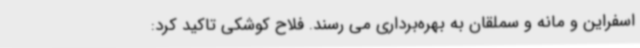
اسفراین و مانه و سملقان به بهره‌برداری می رسند. فلاح کوشکی تاکید کرد: